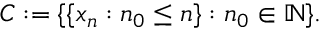
C : = \{ \{ x _ { n } : n _ { 0 } \leq n \} : n _ { 0 } \in \mathbb { N } \} .